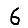
Digit: 6